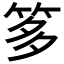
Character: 𥭋